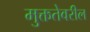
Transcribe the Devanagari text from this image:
मुक्ततेवरील